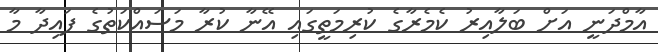
އާމްދަނީ އަށް ބަލާއިރު ކެމެރާގެ ކުރިމަތީގައި އޭނާ ކުރާ މަސައްކަތުގެ ފައިދާ މާ